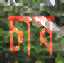
চাষ